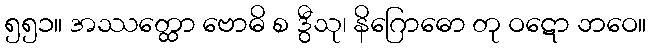
၅၅၁။ အဿတ္ထော ဗောဓိ စ ဒွီသု၊ နိဂြောဓော တု ဝဋော ဘဝေ။